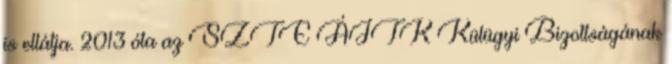
is ellátja. 2013 óta az SZTE ÁJTK Külügyi Bizottságának